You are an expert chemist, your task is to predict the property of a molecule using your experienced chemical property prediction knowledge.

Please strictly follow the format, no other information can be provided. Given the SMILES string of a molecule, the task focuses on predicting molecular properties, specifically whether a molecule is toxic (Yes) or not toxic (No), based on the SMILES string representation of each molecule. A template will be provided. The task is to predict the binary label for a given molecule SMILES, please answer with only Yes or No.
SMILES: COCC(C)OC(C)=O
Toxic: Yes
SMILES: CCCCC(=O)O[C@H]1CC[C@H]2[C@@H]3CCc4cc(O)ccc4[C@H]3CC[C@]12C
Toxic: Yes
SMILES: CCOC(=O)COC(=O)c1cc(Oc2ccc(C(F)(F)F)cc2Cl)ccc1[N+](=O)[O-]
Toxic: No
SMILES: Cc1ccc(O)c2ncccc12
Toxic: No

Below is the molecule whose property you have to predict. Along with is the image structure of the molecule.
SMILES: CCC1(CO)COCOC1
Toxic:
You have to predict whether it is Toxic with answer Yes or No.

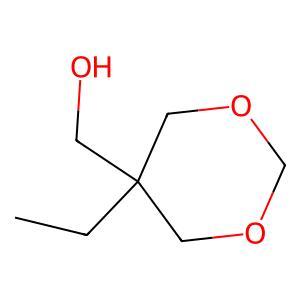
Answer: No